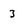
Character: 3